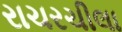
રાચરચીલા